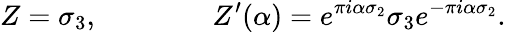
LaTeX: Z=\sigma_{3},\qquad\qquad Z^{\prime}(\alpha)=e^{\pi i\alpha\sigma_{2}}\sigma_{3}e^{-\pi i\alpha\sigma_{2}}.